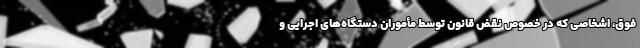
فوق، اشخاصی که در خصوص نقض قانون توسط مأموران دستگاه‌های اجرایی و